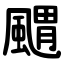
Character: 䬑